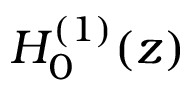
H _ { 0 } ^ { ( 1 ) } ( z )